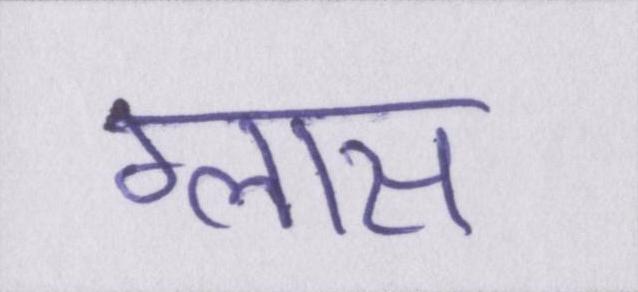
ग्लास